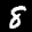
Label: 8